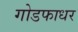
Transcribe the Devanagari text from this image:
गोडफाधर